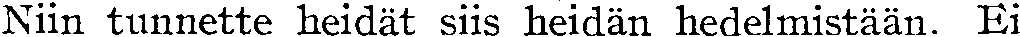
Niin tunnette heidät siis heidän hedelmistään. Ei